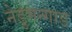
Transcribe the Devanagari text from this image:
नेडुमन्गाड